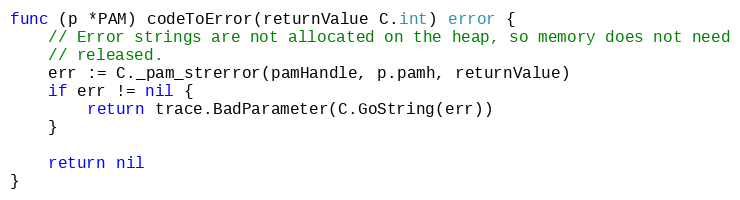
Language: Go
func (p *PAM) codeToError(returnValue C.int) error {
	// Error strings are not allocated on the heap, so memory does not need
	// released.
	err := C._pam_strerror(pamHandle, p.pamh, returnValue)
	if err != nil {
		return trace.BadParameter(C.GoString(err))
	}

	return nil
}